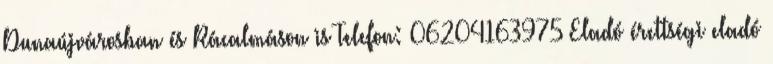
Dunaújvárosban és Rácalmáson is Telefon: 06204163975 Eladó érettségi eladó